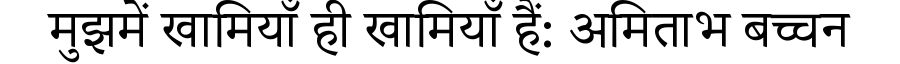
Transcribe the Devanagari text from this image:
मुझमें खामियाँ ही खामियाँ हैं: अमिताभ बच्चन